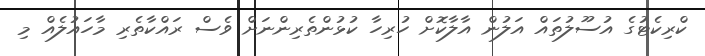
ކްރިކެޓުގެ އުސޫލުތައް އަލުން އާލާކޮށް ހުރިހާ ކުޅުންތެރިންނަށް ވެސް ރައްކާތެރި މާހައުލެއް މި